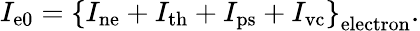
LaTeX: I_{\mathrm{e0}}=\left\{ I_{\mathrm{ne}}+I_{\mathrm{th}}+I_{\mathrm{ps}}+I_{\mathrm{vc}}\right\} _{\mathrm{electron}}.